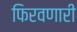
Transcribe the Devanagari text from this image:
फिरवणारी